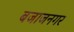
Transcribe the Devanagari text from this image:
बजाजनगर